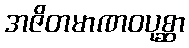
အဇိတမာဏဝပုစ္ဆာ